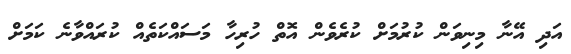
އަދި އޭނާ މިނިވަން ކުރުމަށް ކުރެވެން އޮތް ހުރިހާ މަސައްކަތެއް ކުރައްވާނެ ކަމަށް